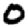
Digit: 0